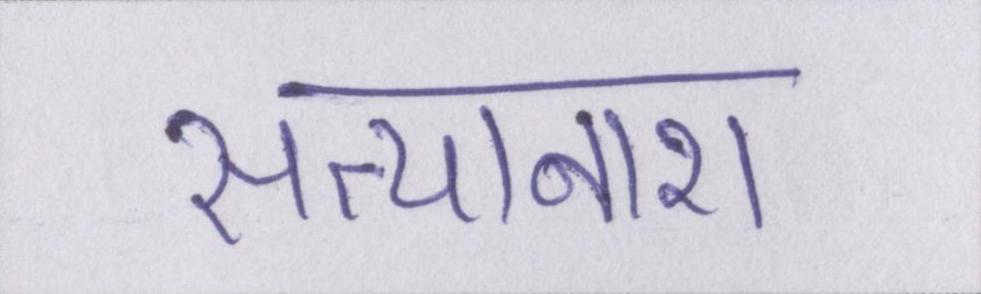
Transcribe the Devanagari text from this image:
सत्यानाश